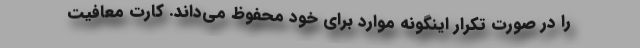
را در صورت تکرار اینگونه موارد برای خود محفوظ می‌داند. کارت معافیت